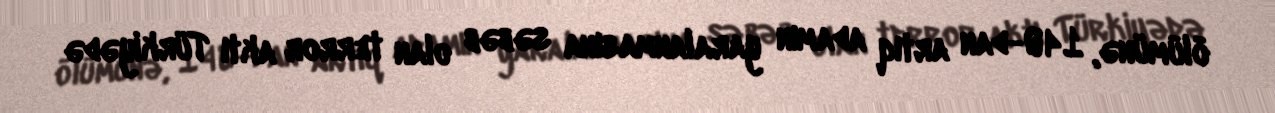
ölümünə, 140-dan artıq adamın yaralanmasına səbəb olan terror aktı Türkiyədə